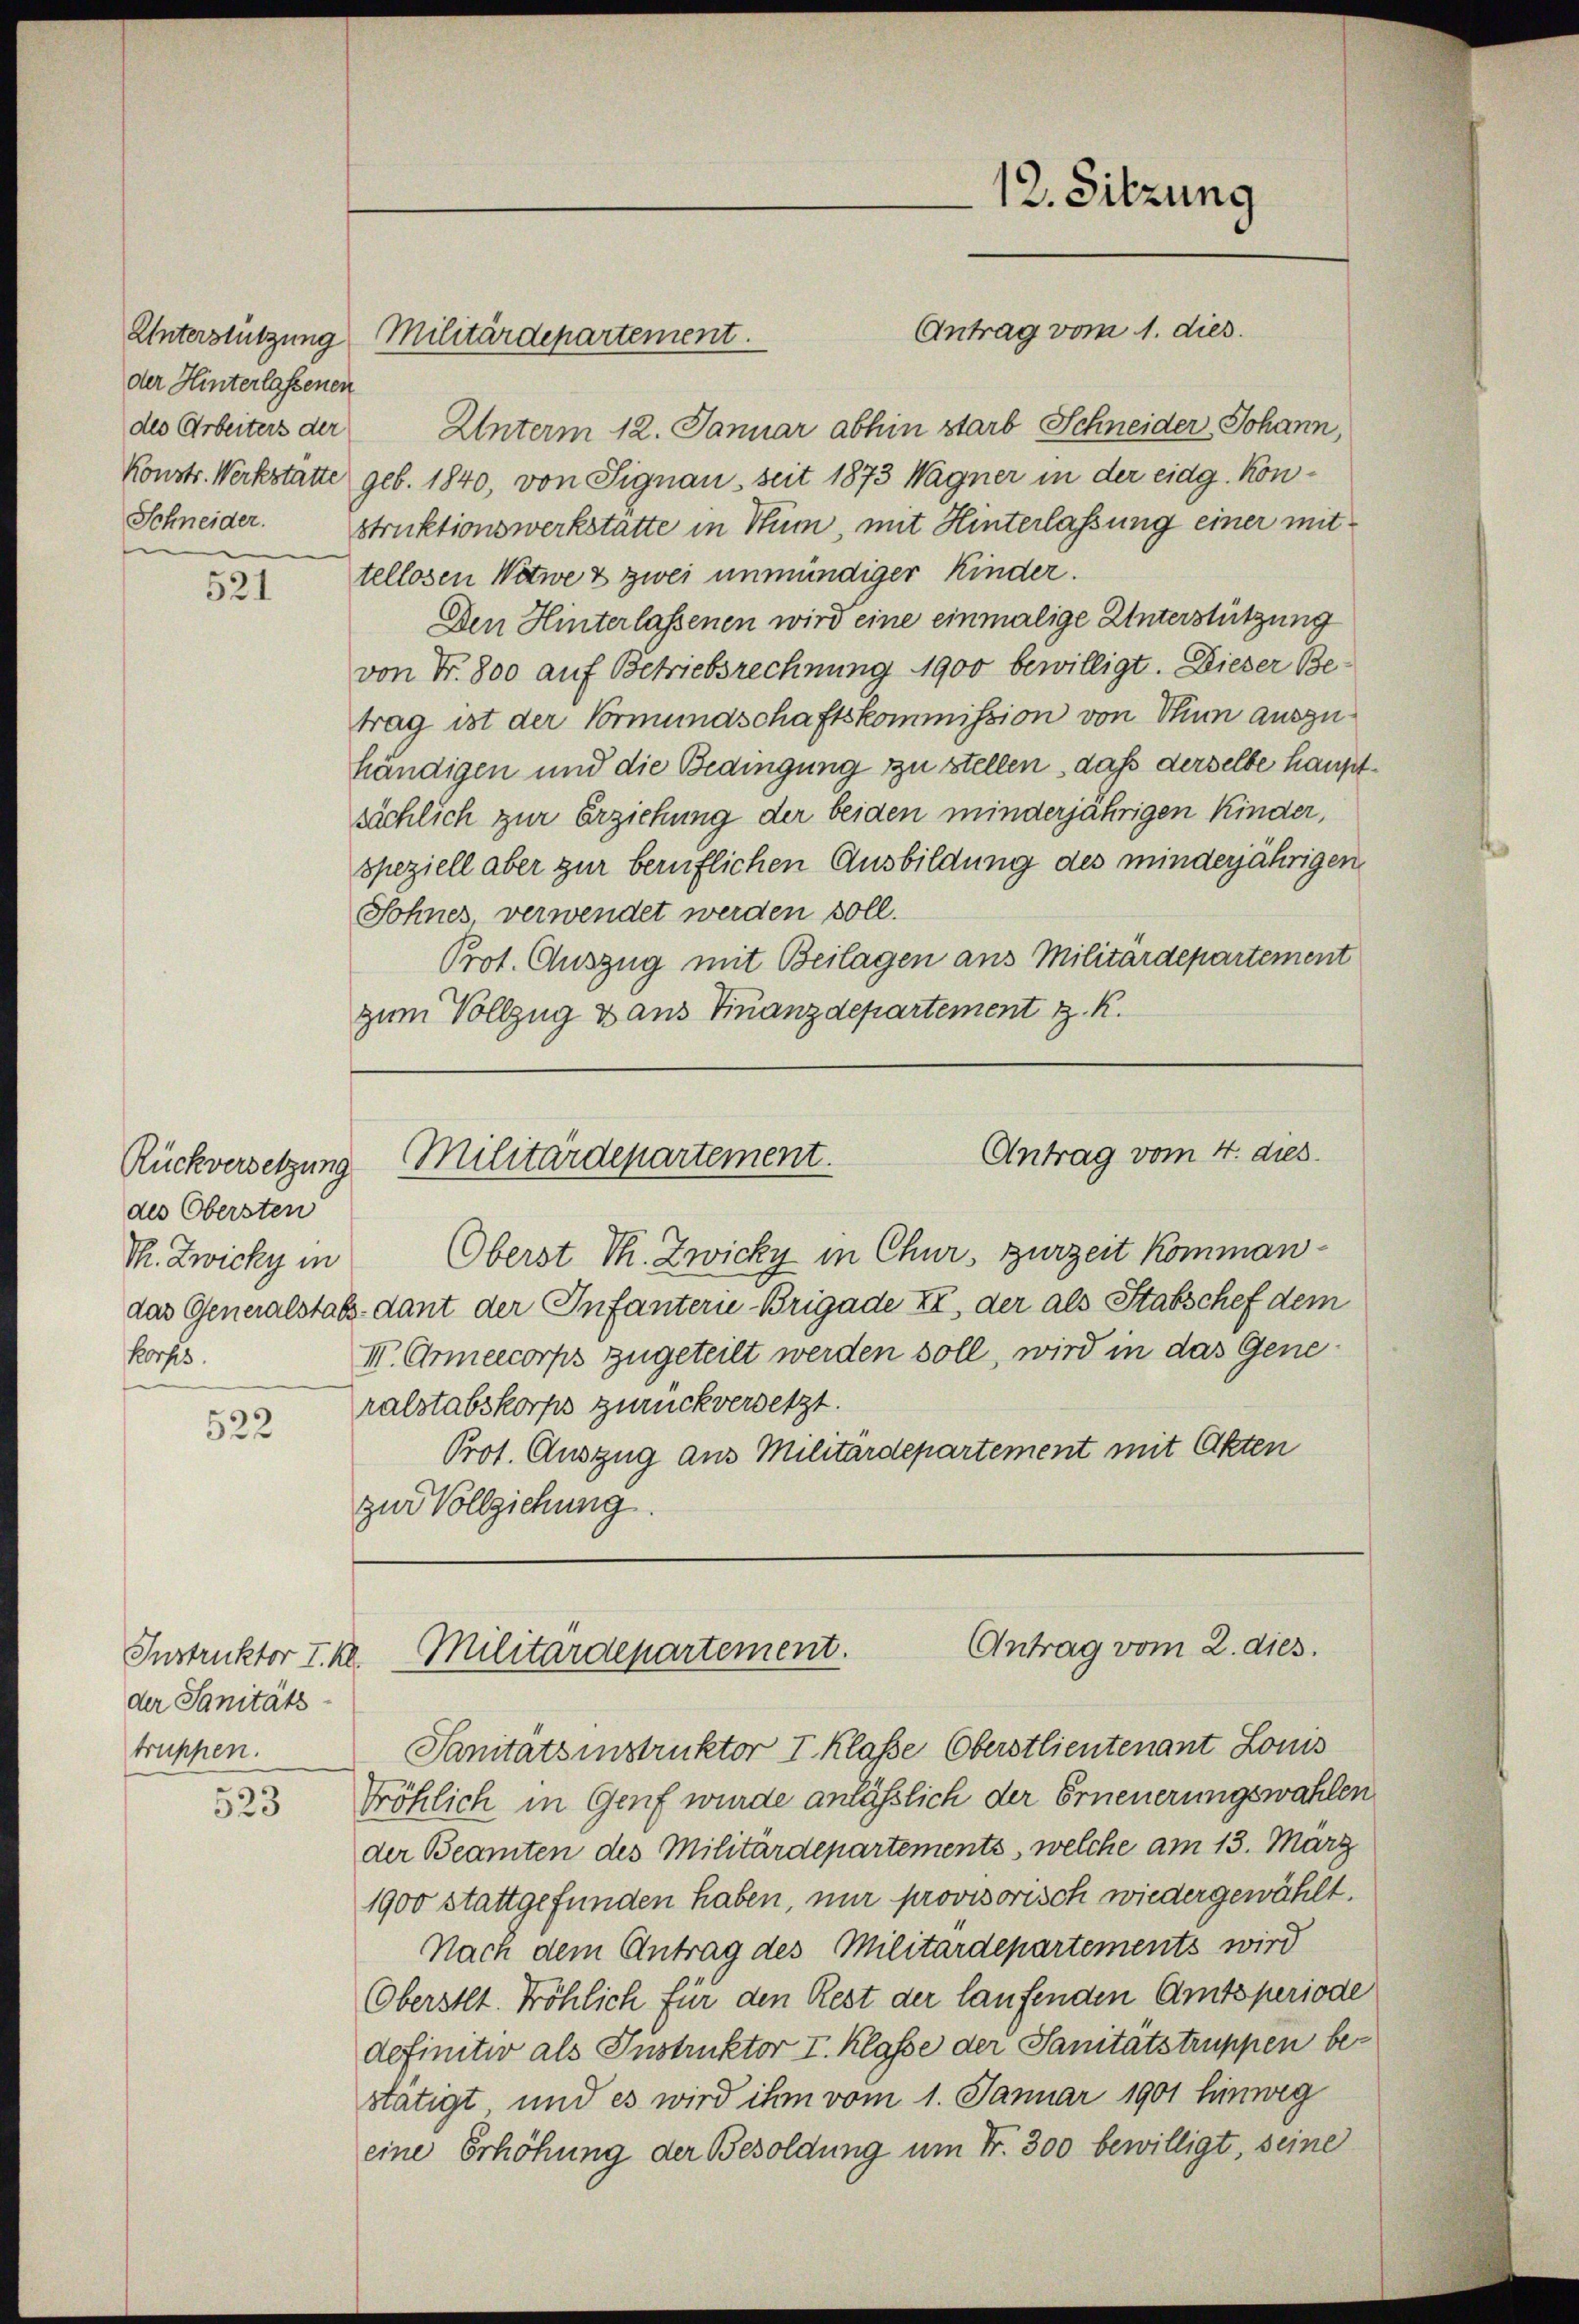
der Hinterlassenen
des Arbeiters der
Schneider.

521

Rückversetzung
des Obersten
Th. Zwicky in
korps.

522

Instruktor I. Kl.
der Sanitäts
truppen.

523

Unterstützung Militärdepartement.

Unterm 12. Januar abhin starb Schneider Johann,
Konstr. Werkstätte geb. 1840, von Signau, seit 1873 Wagner in der eidg. Konstruktionswerkstatte in Hum, mit Hinterlassung einer mittellosen Witwe & zwei unmündiger Kinder.
Den Hinterlassenen wird eine einmalige Unterstützung
von Fr. 800 auf Betriebsrechnung 1900 bewilligt. Dieser Betrag ist der Vormundschaftskommission von Sinn auszuhändigen und die Bedingung zu stellen, daß derselbe hauptsächlich zur Erziehung der beiden minderjährigen Kinder,
speziell aber zur beruflichen Ausbildung des minderjährigen
Sohnes, verwendet werden soll.
Prot. Auszug mit Beilagen aus Militärdepartement
zum Vollzug & aus Finanzdepartement z. K.

Oberst Th. Zwicky in Chur, zurzeit kommandas Generalstatz-dant der Infantern-Brigade XI, der als Stabschef dem
III. Armeecorps zugeteilt werden soll, wird in das Generalstabskorps zurückversetzt.
Prot. Auszug aus Militärdepartement mit Akten
zur Vollziehung.

12. Sitzung

Antrag vom 1. dies

Antrag vom 4. dies
Militärdepartement.

Antrag vom 2. dies.
Militärdepartement.

Sanitätsinstruktor I. Klaße Oberstlieutenant Louis
Tröhlich in Genf wurde anlässlich der Erneuerungswahlen
der Beamten des Militärdepartements, welche am 13. März
1900 stattgefunden haben, nur provisorisch wiedergewählt.
Nach dem Antrag des Militärdepartements wird
Oberstet. Fröhlich für den Rest der laufenden Amtsperiode
definitiv als Instruktor I. Klasse der Sanitätstruppen bestätigt, und es wird ihm vom 1. Januar 1901 hinweg
eine Erhöhung der Besoldung um Fr. 300 bewilligt, seine